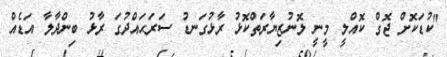
"ކުޑަކޮށް ޖޮގް ކޮއްލީ މީނީ ލޮނުޒިޔާރަތްކޮޅު ރާޅުގަނޑު ސަރަޙައްދުގަ ރާޅު ބިންދާލާ އަޑެއް